Indian journal of veterinary science and animal husbandry - Volumes 24-25, 1954-1955
Year: 1954
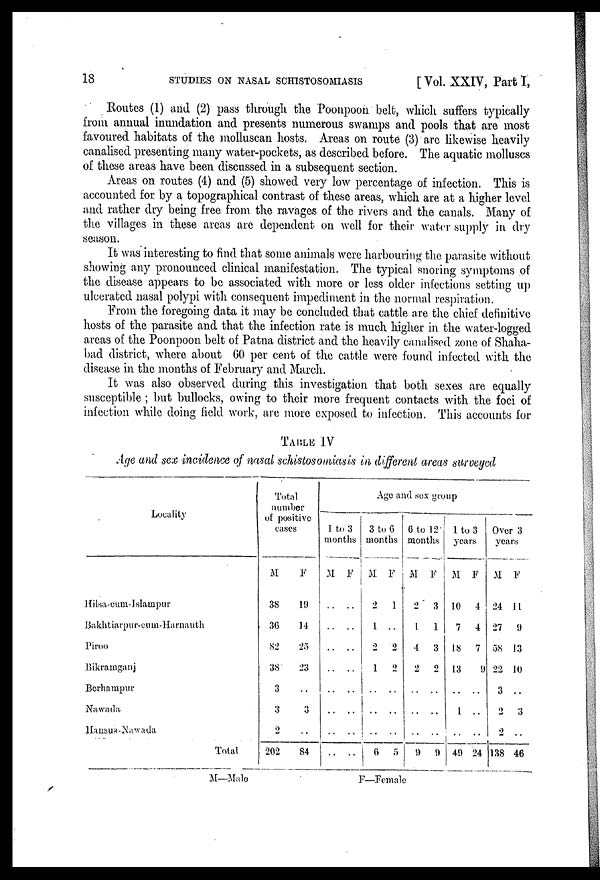
18 STUDIES ON NASAL SCHISTOSOMIASIS [Vol. XXIV, Part I,
Routes (1) and (2) pass through the Poonpoon belt, which suffers typically
from annual inundation and presents numerous swamps and pools that are most
favoured habitats of the molluscan hosts. Areas on route (3) are likewise heavily
canalised presenting many water-pockets, as described before. The aquatic molluscs
of these areas have been discussed in a subsequent section.
Areas on routes (4) and (5) showed very low percentage of infection. This is
accounted for by a topographical contrast of these areas, which are at a higher level
and rather dry being free from the ravages of the rivers and the canals. Many of
the villages in these areas are dependent on well for their water supply in dry
season.
It was interesting to find that some animals were harbouring the parasite without
showing any pronounced clinical manifestation. The typical snoring symptoms of
the disease appears to be associated with more or less older infections setting up
ulcerated nasal polypi with consequent impediment in the normal respiration.
From the foregoing data it may be concluded that cattle are the chief definitive
hosts of the parasite and that the infection rate is much higher in the water-logged
areas of the Poonpoon belt of Patna district and the heavily canalised zone of Shaha-
bad district, where about 60 per cent of the cattle were found infected with the
disease in the months of February and March.
It was also observed during this investigation that both sexes are equally
susceptible; but bullocks, owing to their more frequent contacts with the foci of
infection while doing field work, are more exposed to infection. This accounts for
TABLE IV
Age and sex incidence of nasal schistosomiasis in different areas surveyed
Locality
Hilsa-cum-Islampur
Bakhtiarpur-cum-Harnauth
Piroo
Bikramganj
Berhampur
Nawada
Hansua-Nawada
Total
Total
number
of positive
cases
M
38
36
82
38
3
3
2
202
F
19
14
25
23
. .
3
. .
84
Age and sex group
1 to 3
months
M
..
..
..
..
..
..
..
..
F
..
..
..
..
..
..
..
..
3 to 6
months
M
2
1
2
1
..
..
..
6
F
1
..
2
2
..
..
..
5
6 to 12
months
M
2
1
4
2
..
..
..
9
F
3
1
3
2
..
..
..
9
1 to 3
years
M
10
7
18
13
..
1
..
49
F
4
4
7
9
..
..
..
24
Over 3
years
M
24
27
58
22
3
2
2
138
F
11
9
13
10
..
3
..
46
M—Male
F—Female